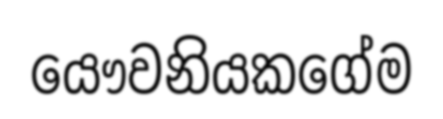
යෞවනියකගේම